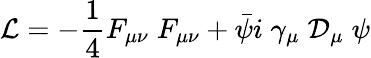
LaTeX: {\cal{L}}=-\frac{1}{4}F_{\mu\nu}\; F_{\mu\nu}+\bar{\psi}i\; \gamma_{\mu}\; {\cal{D}}_{\mu}\; \psi